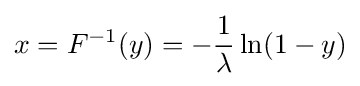
x=F^{-1}(y)=-{\frac {1}{\lambda }}\ln(1-y)